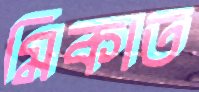
মিকাত